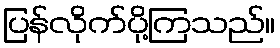
ပြန်လိုက်ပို့ကြသည်။